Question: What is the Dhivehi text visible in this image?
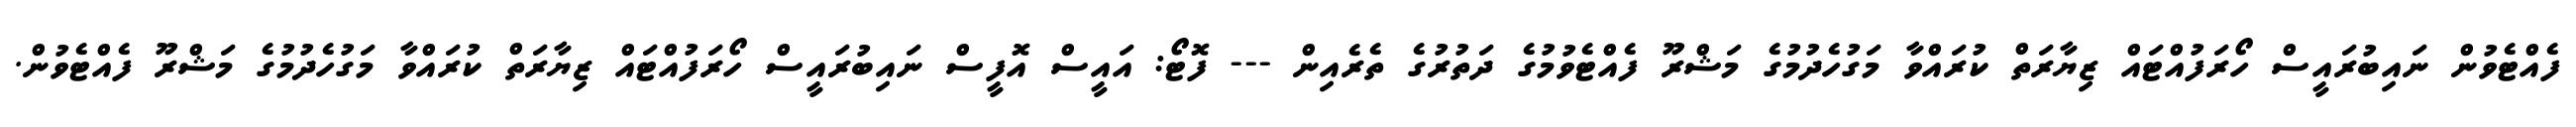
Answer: ފެއްޓެވުން ނައިބުރައީސް ހޯރަފުއްޓައް ޒިޔާރަތް ކުރައްވާ މަގުހެދުމުގެ މަޝްރޫ ފެއްޓެވުމުގެ ދަތުރުގެ ތެރެއިން --- ފޮޓޯ: އައީސް އޮފީސް ނައިބުރައީސް ހޯރަފުއްޓައް ޒިޔާރަތް ކުރައްވާ މަގުހެދުމުގެ މަޝްރޫ ފެއްޓެވުން.